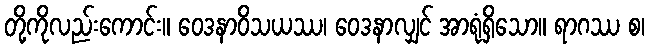
တို့ကိုလည်းကောင်း။ ဝေဒနာဝိသယဿ၊ ဝေဒနာလျှင် အာရုံရှိသော။ ရာဂဿ စ၊